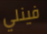
فينلي